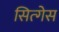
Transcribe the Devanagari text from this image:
सित्गेस